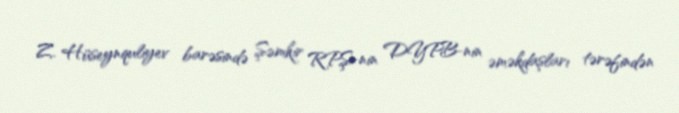
Z. Hüseynquliyev barəsində Şəmkir RPŞ-nin DYPB-nin əməkdaşları tərəfindən